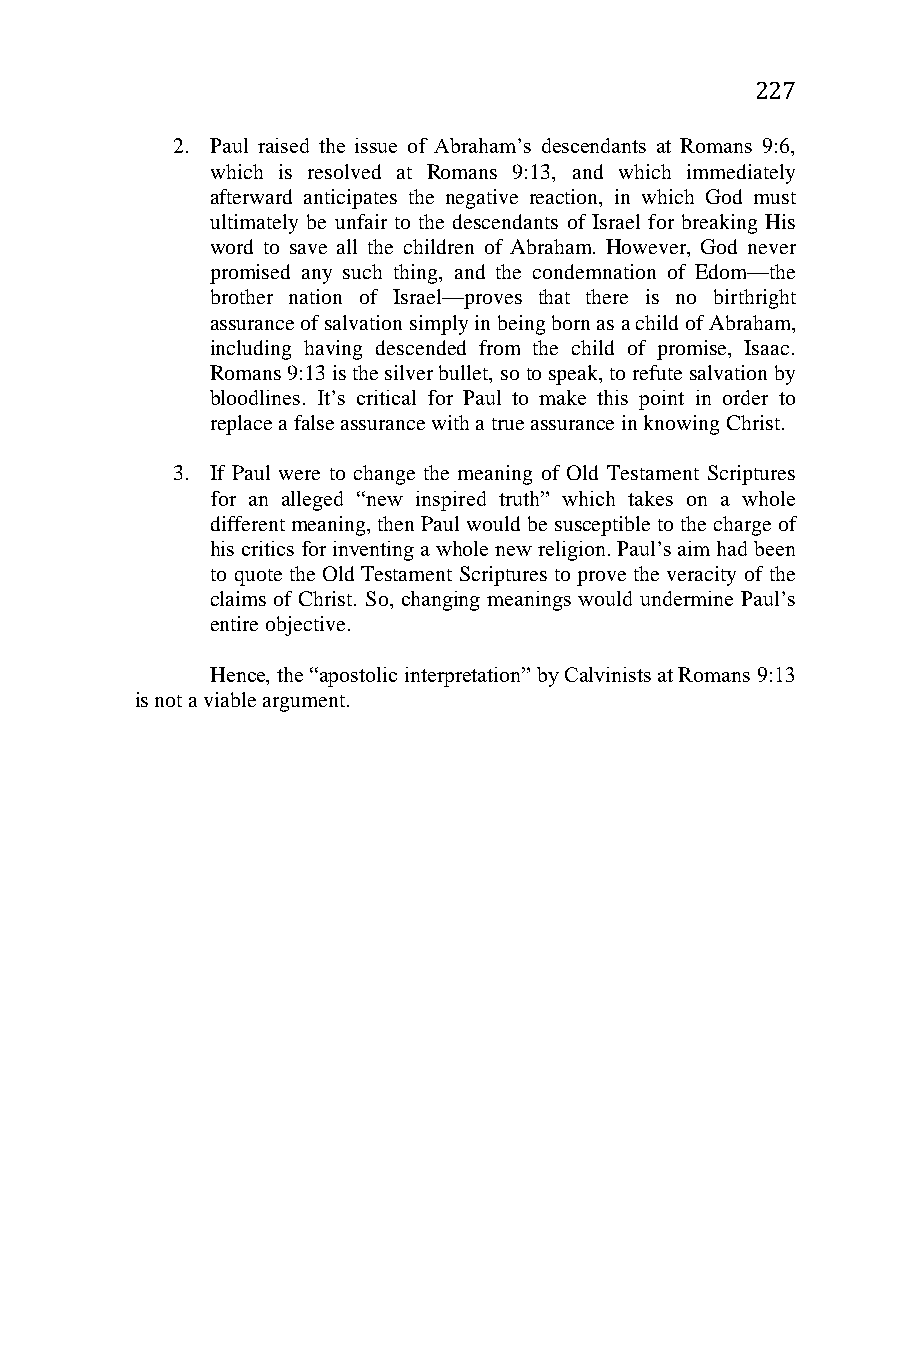
227
 2. Paul raised the issue of Abraham’s descendants at Romans 9:6,
 which is resolved at Romans 9:13, and which immediately
 afterward anticipates the negative reaction, in which God must
 ultimately be unfair to the descendants of Israel for breaking His
 word to save all the children of Abraham. However, God never
 promised any such thing, and the condemnation of Edom—the
 brother nation of Israel—proves that there is no birthright
 assurance of salvation simply in being born as a child of Abraham,
 including having descended from the child of promise, Isaac.
 Romans 9:13 is the silver bullet, so to speak, to refute salvation by
 bloodlines. It’s critical for Paul to make this point in order to
 replace a false assurance with a true assurance in knowing Christ.
 3. If Paul were to change the meaning of Old Testament Scriptures
 for an alleged “new inspired truth” which takes on a whole
 different meaning, then Paul would be susceptible to the charge of
 his critics for inventing a whole new religion. Paul’s aim had been
 to quote the Old Testament Scriptures to prove the veracity of the
 claims of Christ. So, changing meanings would undermine Paul’s
 entire objective.
 Hence, the “apostolic interpretation” by Calvinists at Romans 9:13
 is not a viable argument.